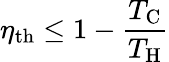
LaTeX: \eta_{\mathrm{{th}}}\leq 1-{\frac{T_{\mathrm{{C}}}}{T_{\mathrm{{H}}}}}